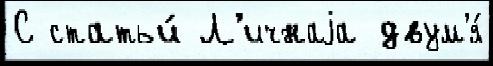
С статьи́ Л'ичнаjа двум'я́